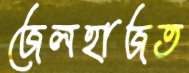
জেলহাজত